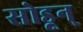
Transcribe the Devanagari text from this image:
सोडून्